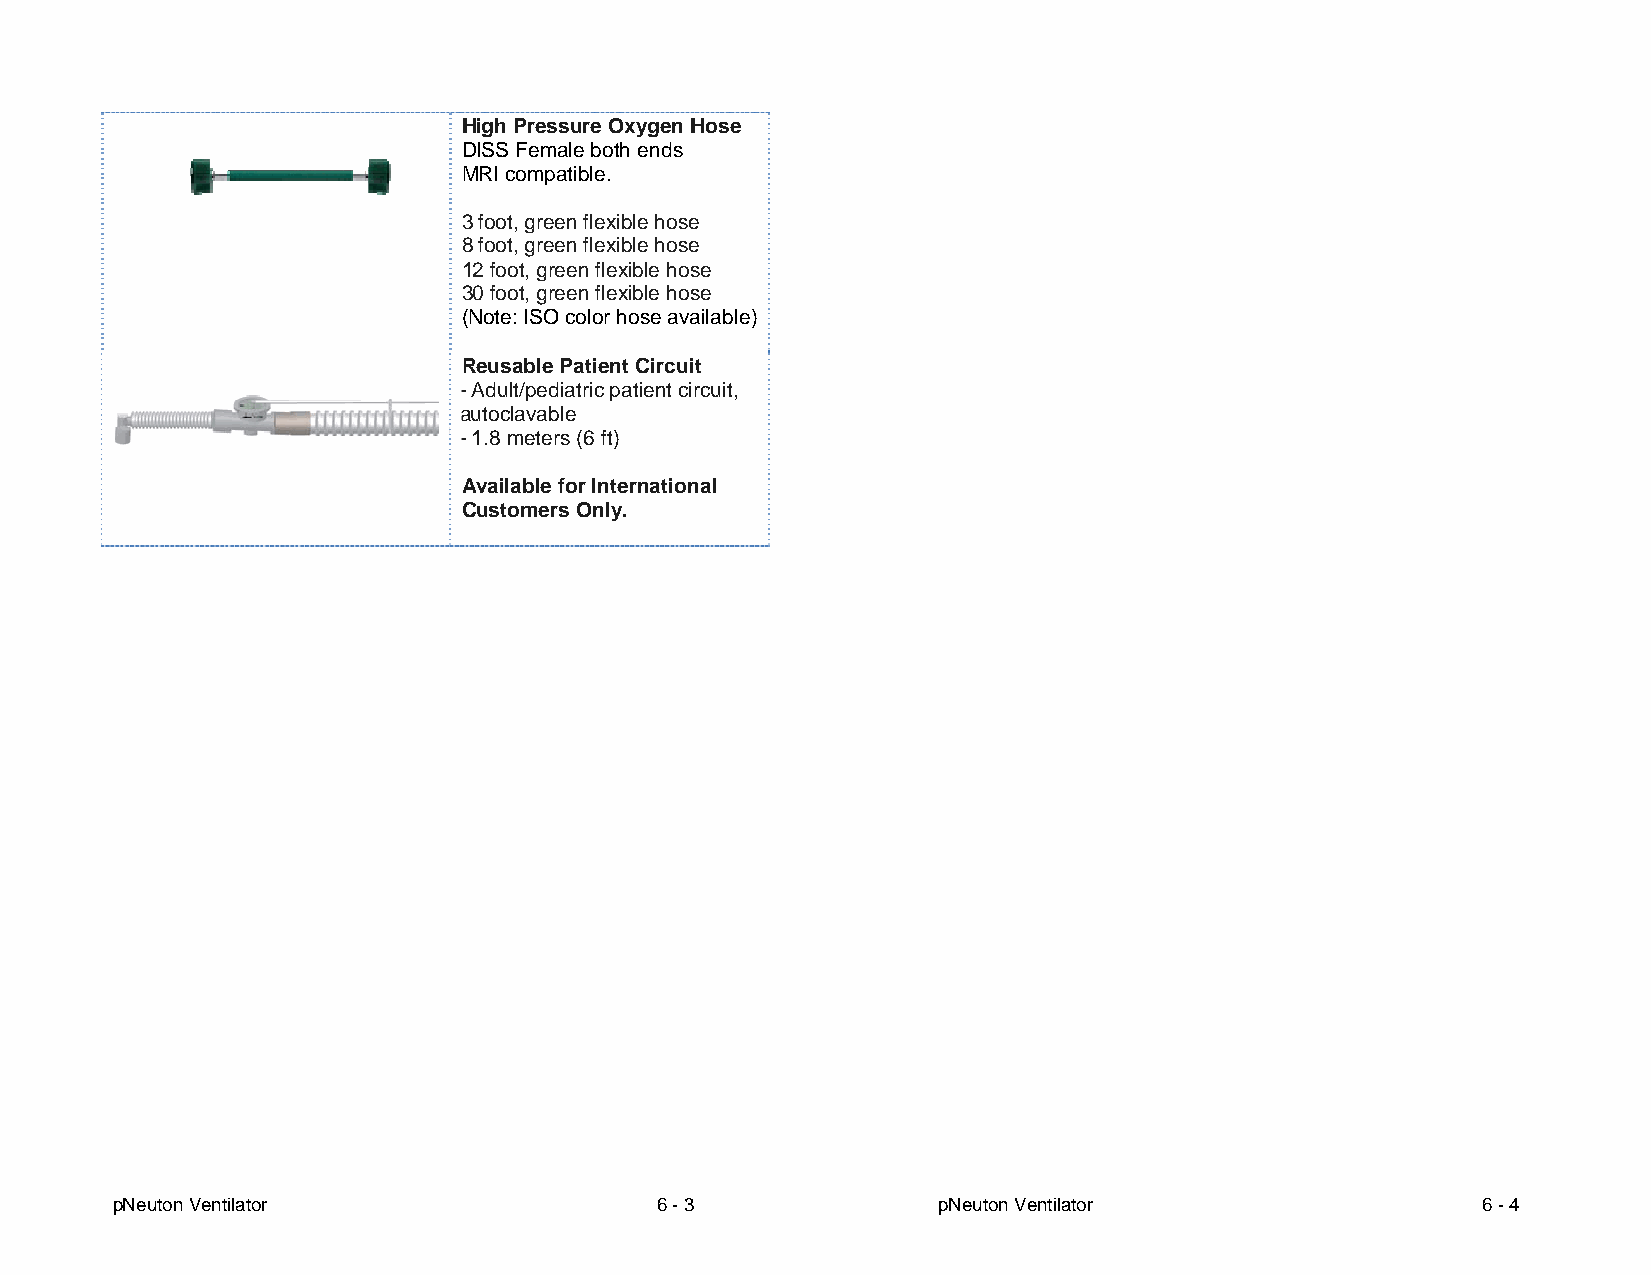
High Pressure Oxygen Hose
 DISS Female both ends
 MRI compatible.
 3 foot, green flexible hose
 8 foot, green flexible hose
 12 foot, green flexible hose
 30 foot, green flexible hose
 (Note: ISO color hose available)
 Reusable Patient Circuit
 - Adult/pediatric patient circuit,
 autoclavable
 - 1.8 meters (6 ft)
 Available for International
 Customers Only.
 pNeuton Ventilator                  6 - 3              pNeuton Ventilator                  6 - 4